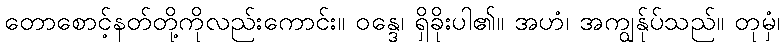
တောစောင့်နတ်တို့ကိုလည်းကောင်း။ ဝန္ဒေ၊ ရှိခိုးပါ၏။ အဟံ၊ အကျွန်ုပ်သည်။ တုမှံ၊